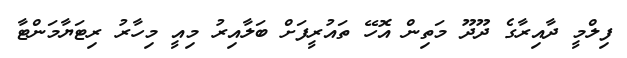
ފިލްމީ ދާއިރާގެ ދޫދޫ މަތިން އޮހޭ ތައުރީފަށް ބަލާއިރު މިއީ މިހާރު ރިޓަޔާމަންޓާ